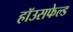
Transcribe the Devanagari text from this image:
हॉउसफेल्ड